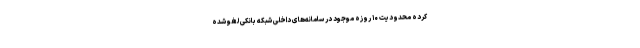
کرده محدودیت ۱۰ روزه موجود در سامانه‌های داخلی شبکه بانکی لغو شده